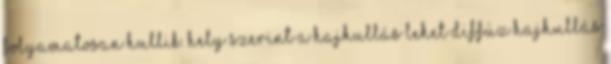
folyamatosan hullik. Hely szerint a hajhullás lehet diffúz hajhullás